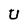
Character: U